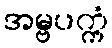
အမ္ဗပက္ကံ